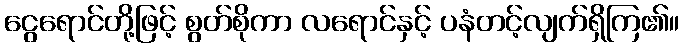
ငွေရောင်တို့ဖြင့် စွတ်စိုကာ လရောင်နှင့် ပနံတင့်လျက်ရှိကြ၏။